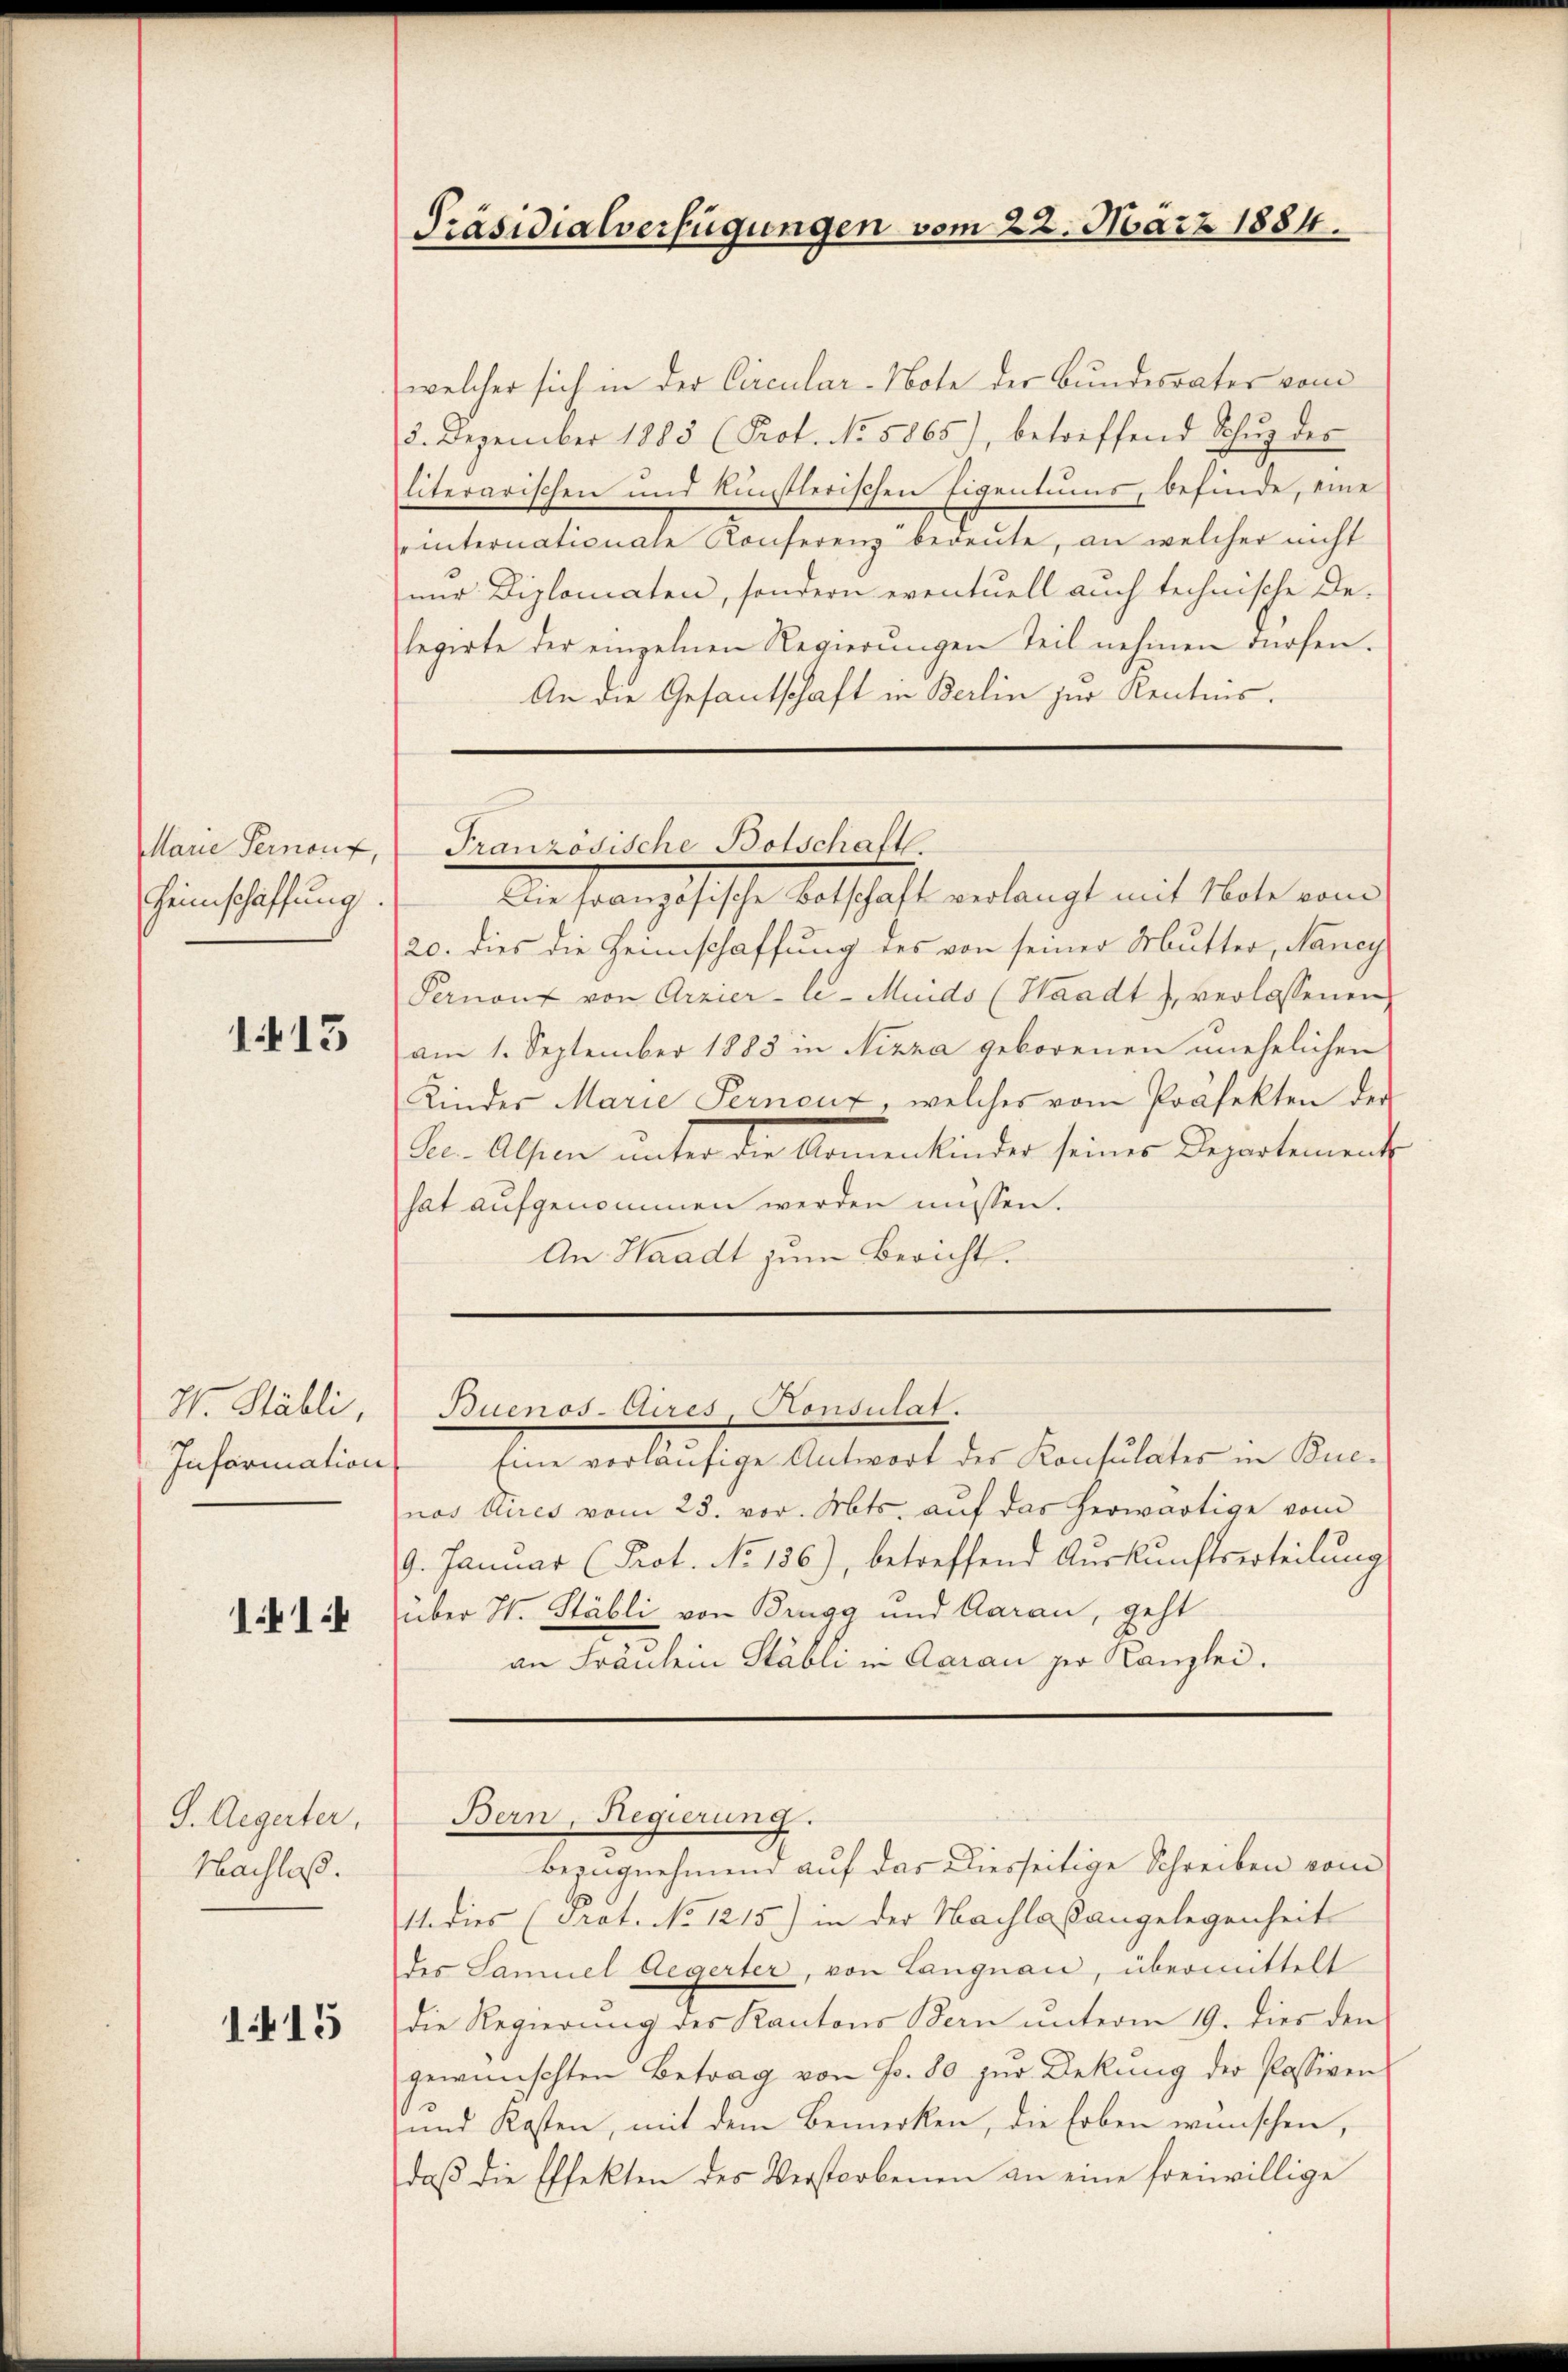
Marie Pernouf
Heimschaffung.

1413

W. Stäbli,
Information

114

S. Aegerter,
Nachlaß.

1415

Präsidialverfügungen vom 22. März 1884.

welcher sich in der Circular-Note der Bundesrates vom
2. Dezember 1885 (Prof. No. 5865), betreffend Schŭg der
literarischen und künstlerischen Eigentums, befinde, eine
einternationale Konferenz bereute, an welcher nicht
nur Diplomaten, sondern eventuell auch technische Delegirte der einzelnen Regierungen Teil nehmen dürfen.
An die Gesantschaft in Berlin zur Kenntnis.

Eine soronathische Altschaft verlangt mit Note und
20. dies die Hennschaffung des von seiner Mutter, Nancy
Pernant von Arzier-le-Muids (Waadt, verlassenen
am 1. September 1883 in Nizza geborenen unehelichen
Kinder Marie Fernenz, welches vom Präfekten der
e. Alsen unter die Armenkinder seiner Departement
hat aufgenommen werden müssen.
An Waadt zum Bericht.

Französische Botschaftl.

Bern, Regierung.

Buenos-Aires-Konsulat.

Eine vorläufige Antwort des Konsulates in Buenos Aires vom 23. vor. Mts. auf das herwärtige vom
9. Januar (Prot. No 186), betreffend Auskunftserteilŭng
über H. Stäbli von Brugg und Aarau, geht
an Fräulein Stabli in Aarau zur Kanzlei.

Bezugnehmend auf das Diesseitige Schreiben vom
11. dies (Prot. No 1215) in der Nachlaßangelegenheit
des Samuel Aegerter, von Langnau, übermittelt
die Regierung des Kantons Bern unterm 19. dies den
gewünschten Betrag von Fr. 80 zur Dekung der Passiven
und Kosten, mit dem Bemerken, die Erben wünschen,
daß die Effekten des Verstorbenen an eine freiwillige